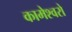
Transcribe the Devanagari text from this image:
कामेश्वरो